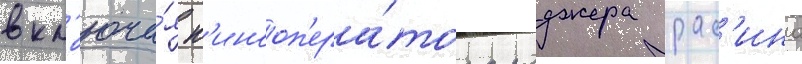
вкл'юча́я к'инооп'ера́тора роджера рас'ина